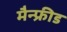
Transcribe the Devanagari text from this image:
मैन्फ्रीड